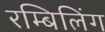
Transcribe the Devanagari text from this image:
रम्बिलिंग